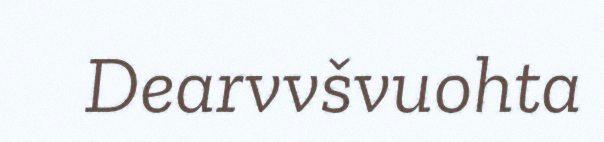
Dearvvšvuohta